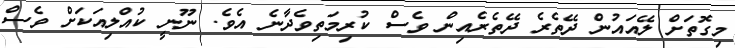
މިގޮތަށް ލޭއައުން ދޭތެރެ ދޭތެރެއިން ވެސް ކުރިމަތިވެދާނެ އެވެ. ނޫނީ ކުއްލިއަކަށް ވެސް